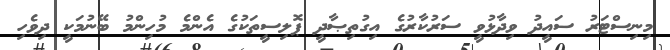
މިނިސްޓަރު ސައީދު ވިދާޅުވީ ސަރުކާރުގެ އިގުތިޞާދީ ޕޮލިސީތަކުގެ އެންމެ މުހިންމު ބޭނުމަކީ ދިވެހި